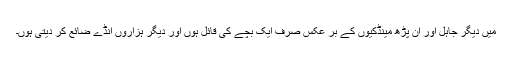
میں دیگر جاہل اور ان پڑھ مینڈکیوں کے بر عکس صرف ایک بچے کی قائل ہوں اور دیگر ہزاروں انڈے ضائع کر دیتی ہوں۔